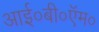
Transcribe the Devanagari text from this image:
आई०बी०ऍम०